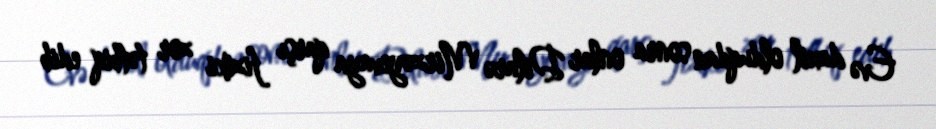
Evə daxil olduqdan sonra onlar Dilarə Mirzəyevaya qarşı fiziki zor tətbiq edib